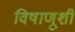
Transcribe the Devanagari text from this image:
विषाणूशी